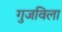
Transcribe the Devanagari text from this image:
गुजविला